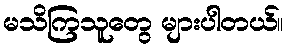
မသိကြသူတွေ များပါတယ်။